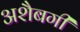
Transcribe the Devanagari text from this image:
अशैबगी